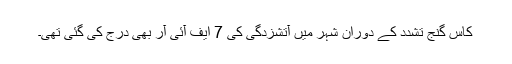
کاس گنج تشدد کے دوران شہر میں آتشزدگی کی 7 ایف آئی آر بھی درج کی گئی تھی۔